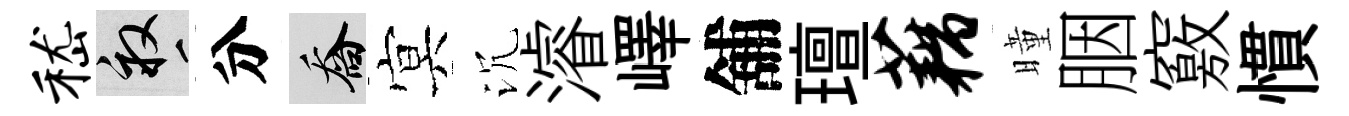
嵇畝分喬㝠沉濬嶧舖璮藕曈胭竅慣